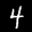
Label: 4